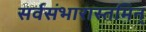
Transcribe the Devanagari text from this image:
सर्वसंभारास्तमिन्‌